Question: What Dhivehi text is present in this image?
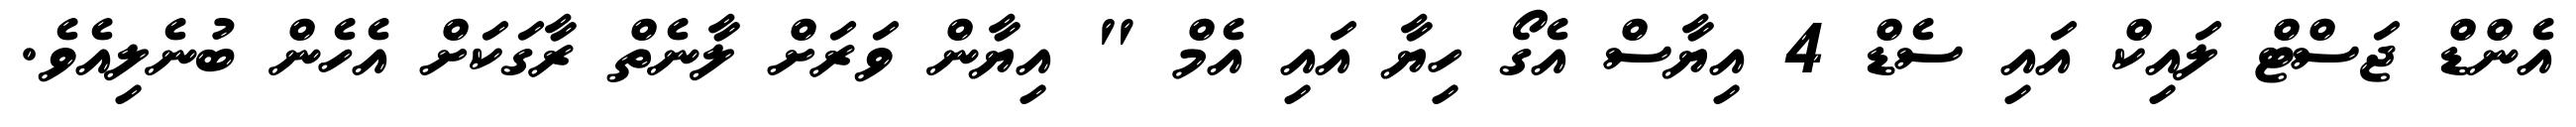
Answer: އެންޑް ޖަސްޓް ލައިކް އައި ސެޑް 4 އިޔާސް އެގޯ ހިޔާ އައި އެމް " އިޔާން ވަރަށް ލާނެތް ރާގަކަށް އެހެން ބުނެލިއެވެ.